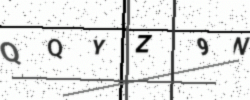
Text: QQYZ9N